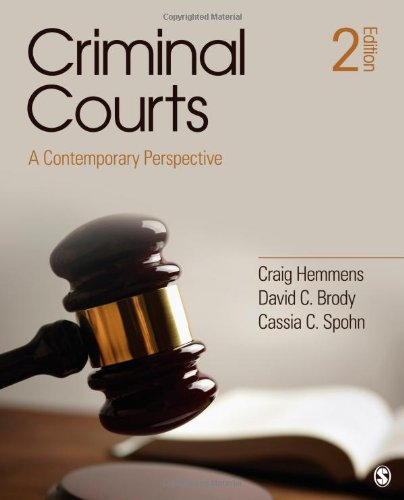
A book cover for Criminal Courts: A Contemporary Perspective; Craig T. Hemmens; Law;